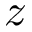
z